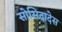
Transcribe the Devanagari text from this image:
सोसिदादेस